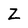
Character: Z